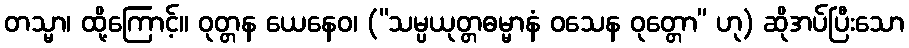
တသ္မာ၊ ထို့ကြောင့်။ ဝုတ္တန ယေနေဝ၊ (“သမ္ပယုတ္တဓမ္မာနံ ဝသေန ဝုတ္တော” ဟု) ဆိုအပ်ပြီးသော